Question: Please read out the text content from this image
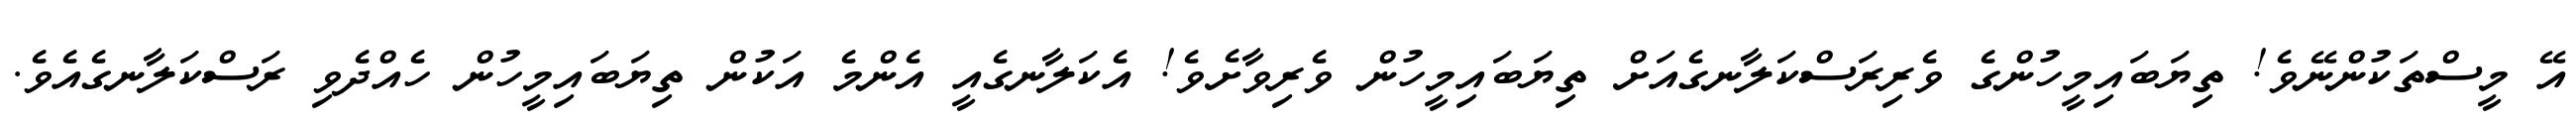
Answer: އޭ މީސްތަކުންނޭވެ! ތިޔަބައިމީހުންގެ ވެރިރަސްކަލާނގެއަށް ތިޔަބައިމީހުން ވެރިވާށެވެ! އެކަލާނގެއީ އެންމެ އަކުން ތިޔަބައިމީހުން ހެއްދެވި ރަސްކަލާނގެއެވެ.